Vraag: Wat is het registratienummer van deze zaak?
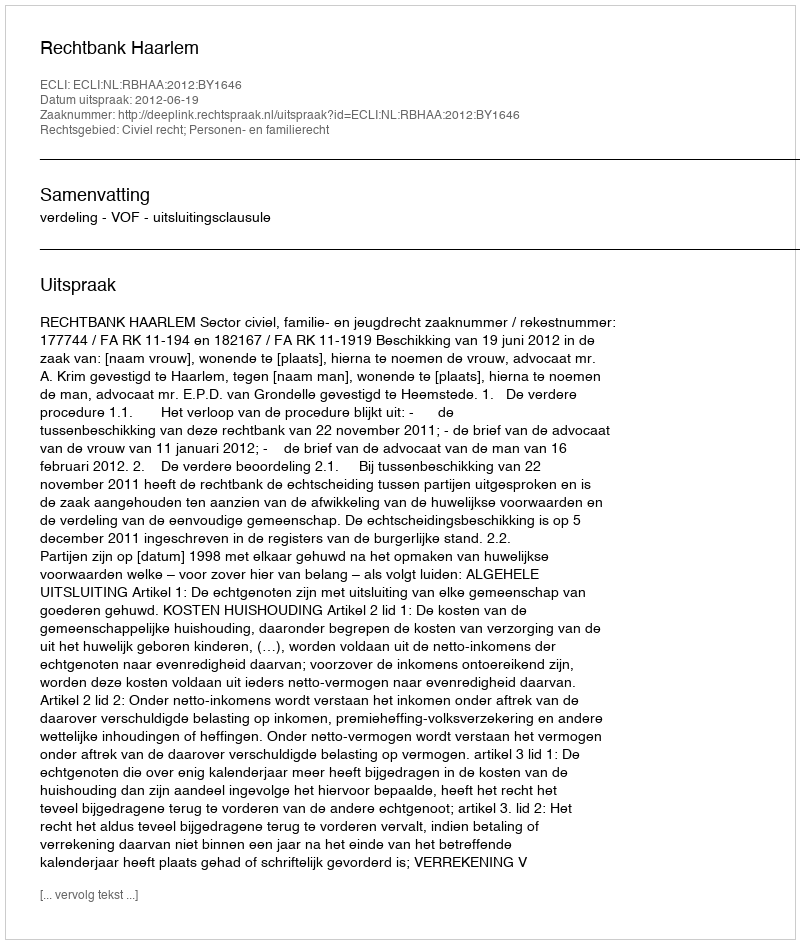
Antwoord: http://deeplink.rechtspraak.nl/uitspraak?id=ECLI:NL:RBHAA:2012:BY1646